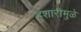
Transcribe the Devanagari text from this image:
हुशारीमुळे